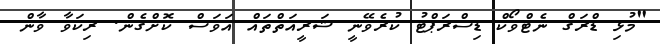
"މުޅި ޑްރަގް ނެޓްވޯކް ޑިސްރަޕްޓު ކުރެވޭނީ ޝަރީއަތްތައް އަވަސް ކޮށްގެން. ރިކަވާ ވާން